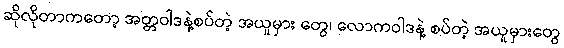
ဆိုလိုတာကတော့ အတ္တဝါဒနဲ့စပ်တဲ့ အယူမှား တွေ၊ လောကဝါဒနဲ့ စပ်တဲ့ အယူမှားတွေ